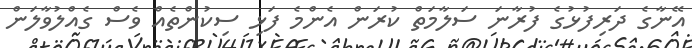
އޭނާގެ ދަރިފުޅުގެ ފުރާނަ ސަލާމަތް ކުރަން އެންމެ ފަޅި ސިކުންތެއް ވެސް ގެއްލުވާލަން